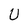
Character: U